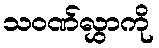
သဝဏ်လွှာကို